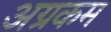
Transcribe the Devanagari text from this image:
अग्रकम